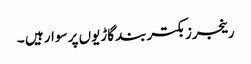
رینجرز بکتربند گاڑیوں پر سوار ہیں ۔